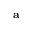
\mathbf { a }